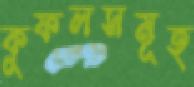
কুফলসমূহ